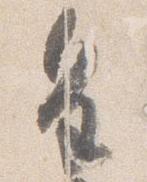
皇